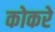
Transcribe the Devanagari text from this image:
कोकरे